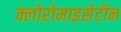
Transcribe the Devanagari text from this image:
क्लोरोमाइसेटीन